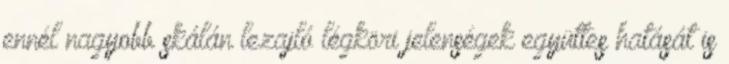
ennél nagyobb skálán lezajló légköri jelenségek együttes hatását is